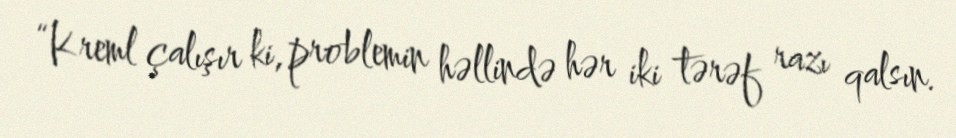
“Kreml çalışır ki, problemin həllində hər iki tərəf razı qalsın.